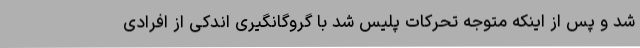
شد و پس از اینکه متوجه تحرکات پلیس شد با گروگانگیری اندکی از افرادی